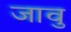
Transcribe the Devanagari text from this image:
जावु